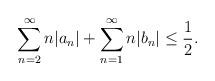
LaTeX: \begin{align*}\sum_{n=2}^{\infty} n |a_n| + \sum_{n=1}^{\infty} n |b_n| \leq \frac{1}{2}.\end{align*}